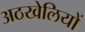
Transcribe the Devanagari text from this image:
अठखेलियों